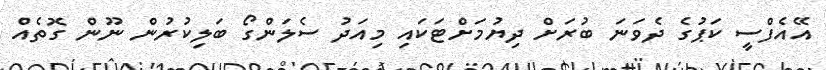
އޭއެފްސީ ކަޕުގެ ދެވަނަ ބުރަށް ދިޔުމަށްޓަކައި މިއަދު ސެލަންގޯ ބަލިކުރުން ނޫން ގޮތެއް